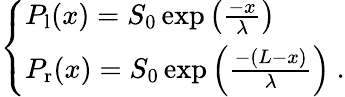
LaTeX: \left\{ \begin{array}{ll}{P_{\mathrm{l}}(x)=S_{\mathrm{0}}\exp\left(\frac{-x}{\lambda}\right)}\\ {P_{\mathrm{r}}(x)=S_{\mathrm{0}}\exp\left(\frac{-(L-x)}{\lambda}\right)\ .}\end{array}\right.